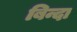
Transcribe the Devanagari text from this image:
बिन्दा